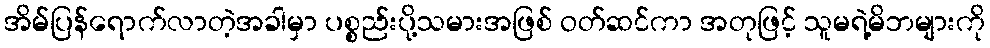
အိမ်ပြန်ရောက်လာတဲ့အခါမှာ ပစ္စည်းပို့သမားအဖြစ် ဝတ်ဆင်ကာ အတုဖြင့် သူမရဲ့မိဘများကို